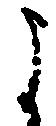
よ